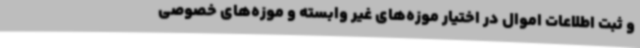
و ثبت اطلاعات اموال در اختیار موزه‌های غیر وابسته و موزه‌های خصوصی